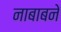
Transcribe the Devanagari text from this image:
नाबाबने